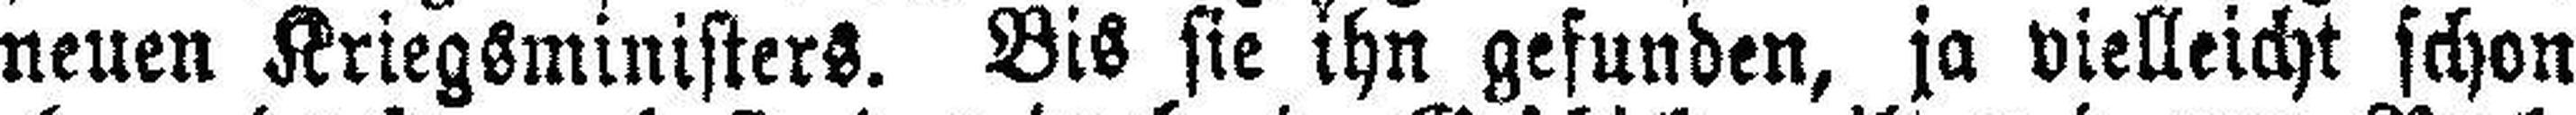
neuen Kriegsministers. Bis sie ihn gefunden, ja vielleicht schon